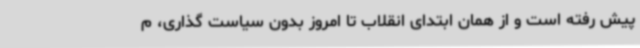
پیش رفته است و از همان ابتدای انقلاب تا امروز بدون سیاست گذاری، م